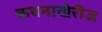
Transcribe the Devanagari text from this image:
कथनाखेरीज